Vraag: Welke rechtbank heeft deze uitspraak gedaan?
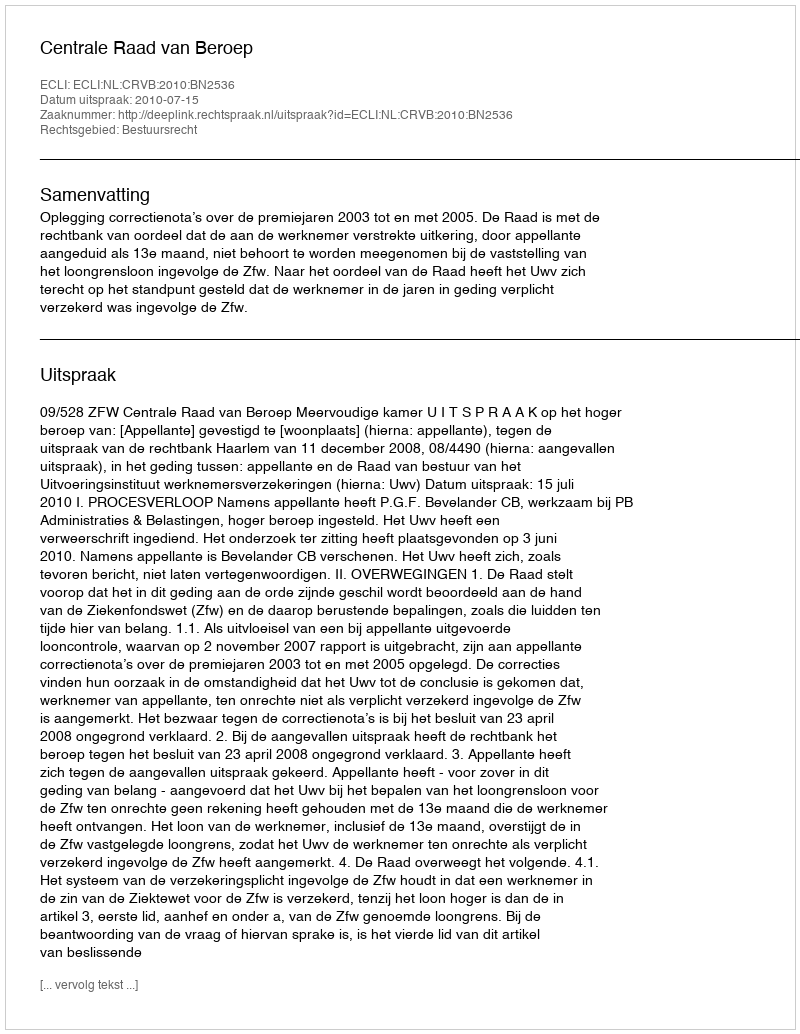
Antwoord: Centrale Raad van Beroep